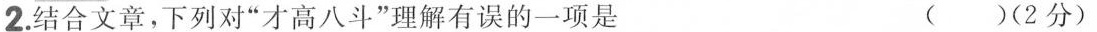
2.结合文章，下列对”才高八斗”理解有误的一项是 ( )(2分)